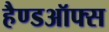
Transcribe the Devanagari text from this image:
हैण्डऑफ्स